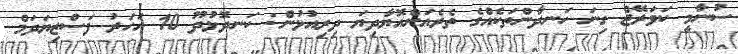
ސުނާމީ ކަވަރޭޖް ގިނަ ހަނދާންތަކެއްގެ ތެރެއަށްއޮޔާދިޔަ ދިރިއުޅުން: ކަނދޮޅުދޫ 10 އަހަރު ފަސްޒިޔަދަމް